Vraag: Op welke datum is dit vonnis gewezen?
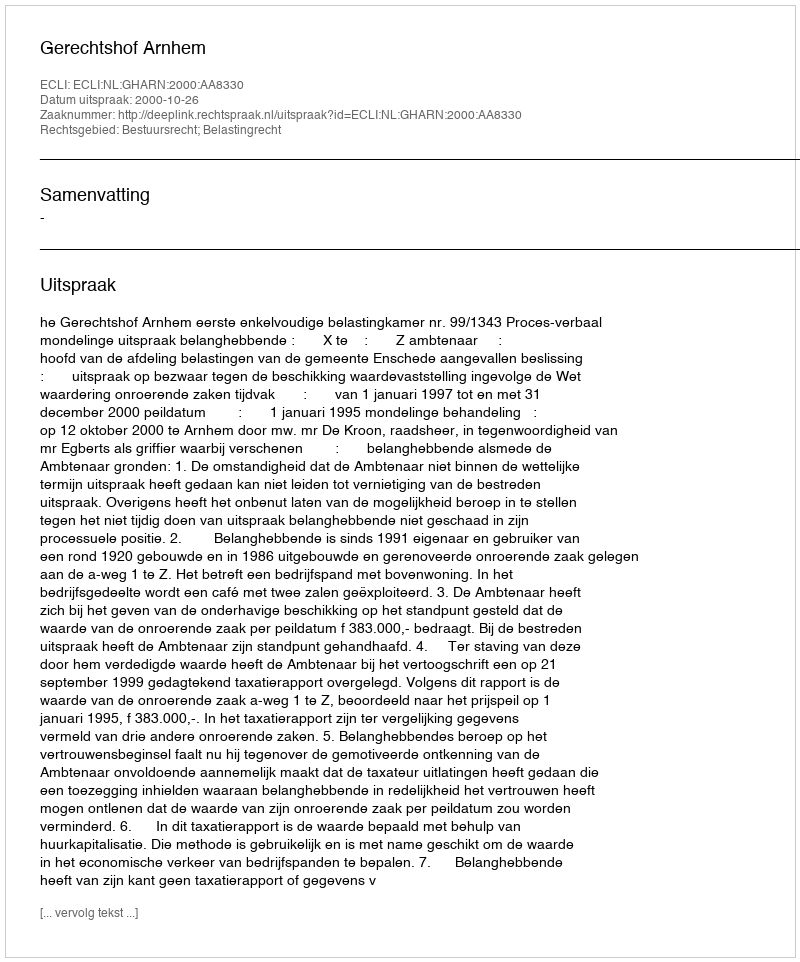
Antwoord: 2000-10-26